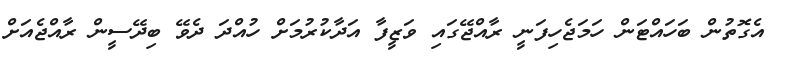
އެގޮތުން ބަހައްޓަން ހަމަޖެހިފަނީ ރާއްޖޭގައި ވަޒީފާ އަދާކުރުމަށް ހުއްދަ ދެވޭ ބިދޭސީން ރާއްޖެއަށް